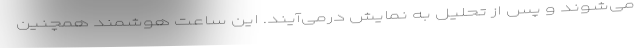
می‌شوند و پس از تحلیل به نمایش درمی‌آیند. این ساعت هوشمند همچنین